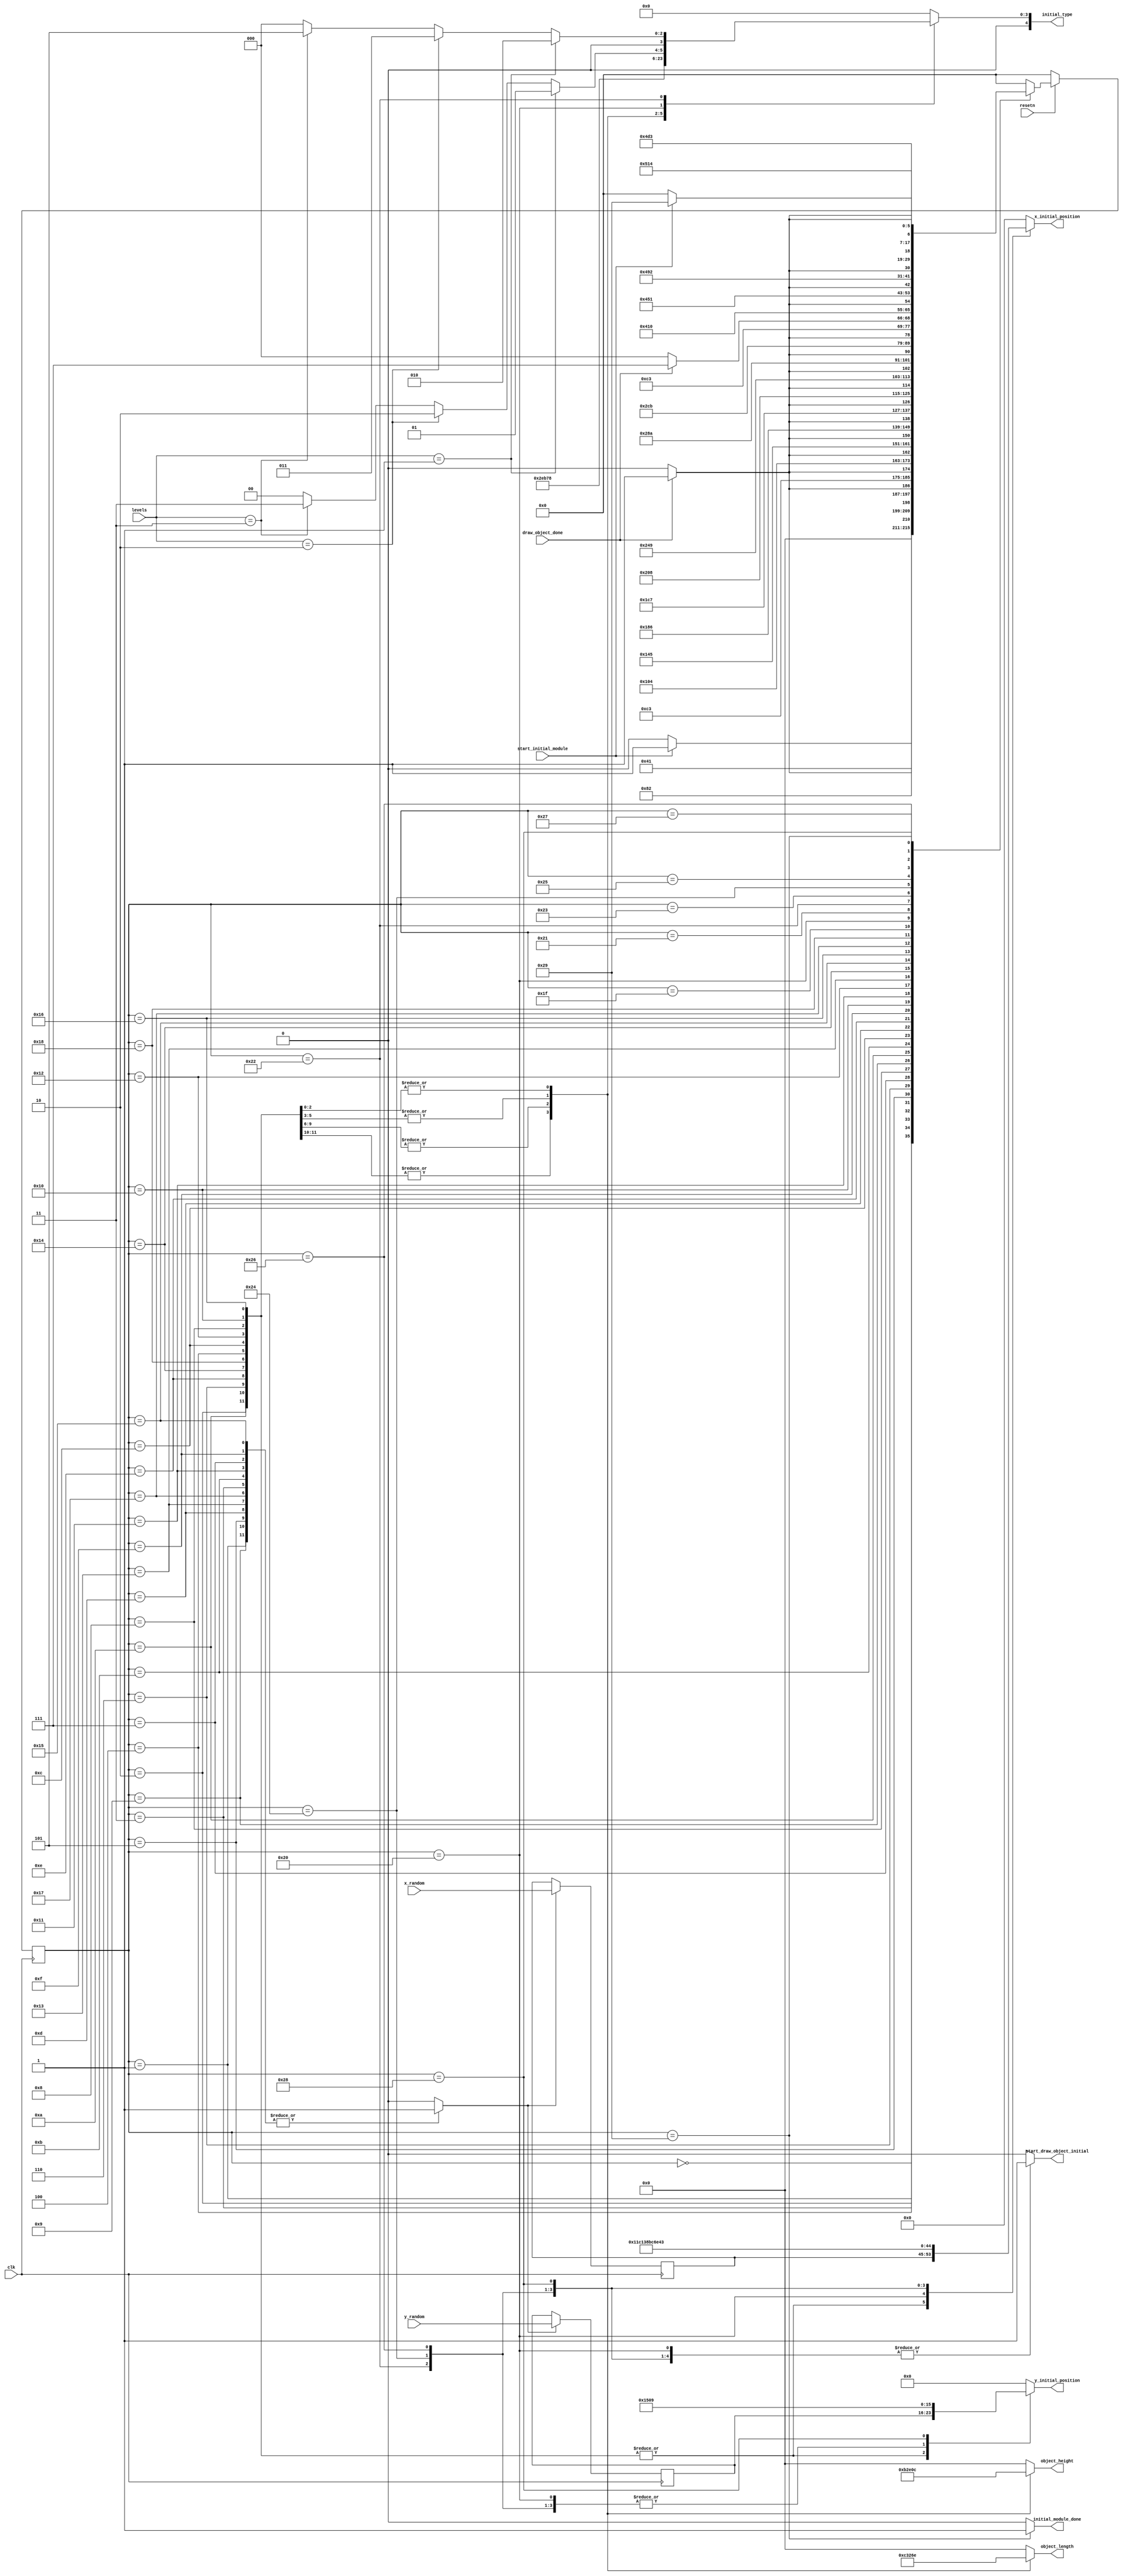

module draw_initial_objects_control(
    input clk,
    input resetn,
    input start_initial_module,
    input draw_object_done,
    input [1:0] levels,
    input [8:0] x_random,
    input [7:0] y_random,
    output reg [4:0] object_length,
    output reg [4:0] object_height,
    output reg [4:0] initial_type,
    output reg start_draw_object_initial, initial_module_done,
    output reg [8:0] x_initial_position,
    output reg [7:0] y_initial_position
	
    );

    reg [5:0] current_state, next_state; 
	 reg [8:0] x_initial;
	 reg [7:0] y_initial;
	 
	 reg load_xy;
    
    localparam  S_WAIT_FOR_COMMAND		= 6'd0,
		S_LOAD_GL1_POSITION		= 6'd1,
		S_DRAW_GL1			= 6'd2,
		S_LOAD_RL1_POSITION		= 6'd3,
		S_DRAW_RL1			= 6'd4,
		S_LOAD_GM1_POSITION		= 6'd5,
		S_DRAW_GM1			= 6'd6,
		S_LOAD_RM1_POSITION		= 6'd7,
		S_DRAW_RM1			= 6'd8,
		
		
		S_LOAD_GL2_POSITION		= 6'd9,
		S_DRAW_GL2			= 6'd10,
		S_LOAD_RL2_POSITION		= 6'd11,
		S_DRAW_RL2			= 6'd12,
		S_LOAD_GM2_POSITION		= 6'd13,
		S_DRAW_GM2			= 6'd14,
		S_LOAD_RM2_POSITION		= 6'd15,
		S_DRAW_RM2			= 6'd16,
		
		S_LOAD_RL3_POSITION		= 6'd17,
		S_DRAW_RL3			= 6'd18,		
		S_LOAD_GM3_POSITION		= 6'd19,
		S_DRAW_GM3			= 6'd20,
		S_LOAD_RM3_POSITION		= 6'd21,
		S_DRAW_RM3			= 6'd22,
		S_LOAD_GM4_POSITION		= 6'd23,
		S_DRAW_GM4			= 6'd24,

		S_LOAD_COUNTER_NUM1_POSITION	= 6'd27,
		S_DRAW_COUNTER_NUM1		= 6'd28,
		S_LOAD_COUNTER_NUM2_POSITION	= 6'd29,
		S_DRAW_COUNTER_NUM2		= 6'd30,
		S_LOAD_LEVEL_POSITION		= 6'd31,
		S_DRAW_LEVEL			= 6'd32,
		S_LOAD_GOAL_NUM1_POSITION	= 6'd33,
		S_DRAW_GOAL_NUM1		= 6'd34,
		S_LOAD_GOAL_NUM2_POSITION	= 6'd35,
		S_DRAW_GOAL_NUM2		= 6'd36,
		S_LOAD_GOAL_NUM3_POSITION	= 6'd37,
		S_DRAW_GOAL_NUM3		= 6'd38,
		S_LOAD_MONEY_POSITION		= 6'd39,
		S_DRAW_MONEY			= 6'd40,
		S_DONE_DRAW_INITIAL	= 6'd41;  
					 

    // Next state logic aka our state table
    always@(*)
    begin: state_table 
		case (current_state)
					
			S_WAIT_FOR_COMMAND: next_state = start_initial_module? S_LOAD_GL1_POSITION: S_WAIT_FOR_COMMAND;
			
			S_LOAD_GL1_POSITION: next_state = S_DRAW_GL1;
			S_DRAW_GL1: next_state = draw_object_done? S_LOAD_RL1_POSITION: S_DRAW_GL1;
			
			S_LOAD_RL1_POSITION: next_state = S_DRAW_RL1;
			S_DRAW_RL1: next_state = draw_object_done? S_LOAD_GM1_POSITION: S_DRAW_RL1;
			
			S_LOAD_GM1_POSITION: next_state = S_DRAW_GM1;
			S_DRAW_GM1: next_state = draw_object_done? S_LOAD_RM1_POSITION: S_DRAW_GM1;
			
			S_LOAD_RM1_POSITION: next_state = S_DRAW_RM1;
			S_DRAW_RM1: next_state = draw_object_done? S_LOAD_GL2_POSITION: S_DRAW_RM1;
			
			S_LOAD_GL2_POSITION: next_state = S_DRAW_GL2;
			S_DRAW_GL2: next_state = draw_object_done? S_LOAD_RL2_POSITION: S_DRAW_GL2;
			
			S_LOAD_RL2_POSITION: next_state = S_DRAW_RL2;
			S_DRAW_RL2: next_state = draw_object_done? S_LOAD_GM2_POSITION: S_DRAW_RL2;
			
			S_LOAD_GM2_POSITION: next_state = S_DRAW_GM2;
			S_DRAW_GM2: next_state = draw_object_done? S_LOAD_RM2_POSITION: S_DRAW_GM2;
						
			S_LOAD_RM2_POSITION: next_state = S_DRAW_RM2;
			S_DRAW_RM2: next_state = draw_object_done? S_LOAD_RL3_POSITION: S_DRAW_RM2;
			
			S_LOAD_RL3_POSITION: next_state = S_DRAW_RL3;
			S_DRAW_RL3: next_state = draw_object_done? S_LOAD_GM3_POSITION: S_DRAW_RL3;
			
			S_LOAD_GM3_POSITION: next_state = S_DRAW_GM3;
			S_DRAW_GM3: next_state = draw_object_done? S_LOAD_RM3_POSITION: S_DRAW_GM3;				
					
			S_LOAD_RM3_POSITION: next_state = S_DRAW_RM3;
			S_DRAW_RM3: next_state = draw_object_done? S_LOAD_GM4_POSITION: S_DRAW_RM3;
			
			S_LOAD_GM4_POSITION: next_state = S_DRAW_GM4; 
			S_DRAW_GM4: next_state = draw_object_done? S_LOAD_LEVEL_POSITION : S_DRAW_GM4;
			

			
			
			//S_LOAD_HOOK_POSITION: next_state = S_DRAW_HOOK;
			//S_DRAW_HOOK: next_state = draw_object_done? S_LOAD_COUNTER_NUM1_POSITION: S_DRAW_HOOK;
			
//			S_LOAD_COUNTER_NUM1_POSITION: next_state = S_DRAW_COUNTER_NUM1;
//			S_DRAW_COUNTER_NUM1: next_state = draw_object_done? S_LOAD_COUNTER_NUM2_POSITION: S_DRAW_COUNTER_NUM1;
//			
//			S_LOAD_COUNTER_NUM2_POSITION: next_state = S_DRAW_COUNTER_NUM2;
//			S_DRAW_COUNTER_NUM2: next_state = draw_object_done? S_LOAD_LEVEL_POSITION: S_DRAW_COUNTER_NUM2;

			S_LOAD_LEVEL_POSITION: next_state = S_DRAW_LEVEL;
			S_DRAW_LEVEL: next_state = draw_object_done? S_LOAD_GOAL_NUM1_POSITION: S_DRAW_LEVEL;
			
			S_LOAD_GOAL_NUM1_POSITION: next_state = S_DRAW_GOAL_NUM1;
			S_DRAW_GOAL_NUM1: next_state = draw_object_done? S_LOAD_GOAL_NUM2_POSITION: S_DRAW_GOAL_NUM1;

			S_LOAD_GOAL_NUM2_POSITION: next_state = S_DRAW_GOAL_NUM2;
			S_DRAW_GOAL_NUM2: next_state = draw_object_done? S_LOAD_GOAL_NUM3_POSITION: S_DRAW_GOAL_NUM2;

			S_LOAD_GOAL_NUM3_POSITION: next_state = S_DRAW_GOAL_NUM3;
			S_DRAW_GOAL_NUM3: next_state = draw_object_done? S_LOAD_MONEY_POSITION: S_DRAW_GOAL_NUM3;

			S_LOAD_MONEY_POSITION: next_state = S_DRAW_MONEY;
			S_DRAW_MONEY: next_state = draw_object_done? S_DONE_DRAW_INITIAL: S_DRAW_MONEY;
			
			S_DONE_DRAW_INITIAL: next_state = start_initial_module? S_DONE_DRAW_INITIAL: S_WAIT_FOR_COMMAND;	

            default:   next_state = S_WAIT_FOR_COMMAND;
        endcase
    end // state_table
   

    // Output logic aka all of our datapath control signals
    always @(*)
    begin: enable_signals
        // By default make all our signals 0

    		start_draw_object_initial = 1'b0;
			initial_module_done = 1'b0;
			x_initial_position = 9'b0;
			y_initial_position = 8'b0;
			object_length = 5'b0;
			object_height = 5'b0;
			initial_type = 5'b0;
			
			load_xy = 1'b0;


        case (current_state)
		  
		S_LOAD_GL1_POSITION: load_xy = 1'b1;
       
		S_DRAW_GL1: begin
				     start_draw_object_initial = 1'b1;
				     x_initial_position = x_initial; //9'd55;
				     y_initial_position = y_initial; //8'd160;
				     initial_type = 5'd11; 
				     object_length = 5'd24;
				     object_height = 5'd22;
		end				
		
		S_LOAD_GL2_POSITION: load_xy = 1'b1;

		S_DRAW_GL2:  begin
				     start_draw_object_initial = 1'b1;
				     x_initial_position = x_initial; //9'd280;
				     y_initial_position = y_initial; //8'd105;
				     initial_type = 5'd11;
				     object_length = 5'd24;
				     object_height = 5'd22;
		end
		
		S_LOAD_GM1_POSITION: load_xy = 1'b1;

		S_DRAW_GM1: begin
					start_draw_object_initial = 1'b1;
				     x_initial_position = x_initial; //9'd15;
				     y_initial_position = y_initial; //8'd58;
				     initial_type = 5'd10;  
				     object_length = 5'd12;
				     object_height = 5'd11;
		end
		
		S_LOAD_GM2_POSITION: load_xy = 1'b1;

		S_DRAW_GM2: begin
					start_draw_object_initial = 1'b1;
				     x_initial_position = x_initial; //9'd246;
				     y_initial_position = y_initial; //8'd167;
				     initial_type = 5'd10;
				     object_length = 5'd12;
				     object_height = 5'd11;
		end

		S_LOAD_GM3_POSITION: load_xy = 1'b1;

		S_DRAW_GM3: begin
					start_draw_object_initial = 1'b1;
				     x_initial_position = x_initial; //9'd287;
				     y_initial_position = y_initial; //8'd82;
				     initial_type = 5'd10;
				     object_length = 5'd12; 
				     object_height = 5'd11; 
		end
		
		S_LOAD_GM4_POSITION: load_xy = 1'b1;

		S_DRAW_GM4:  begin
					start_draw_object_initial = 1'b1;
				     x_initial_position = x_initial; //9'd201;
				     y_initial_position = y_initial; //8'd205;
				     initial_type = 5'd10;  
				     object_length = 5'd12;
				     object_height = 5'd11;
		end
		
		S_LOAD_RL1_POSITION: load_xy = 1'b1;

		S_DRAW_RL1: begin
					start_draw_object_initial = 1'b1;
				     x_initial_position = x_initial; //9'd143;
				     y_initial_position = y_initial; //8'd186;
				     initial_type = 5'd13; 
				     object_length = 5'd19; 
				     object_height = 5'd16;
		end
		
		S_LOAD_RL2_POSITION: load_xy = 1'b1;

		S_DRAW_RL2: begin
					start_draw_object_initial = 1'b1;
				     x_initial_position = x_initial; //9'd95;
				     y_initial_position = y_initial; //8'd127;
				     initial_type = 5'd13; 
				     object_length = 5'd19; 
				     object_height = 5'd16; 
		end
		
		S_LOAD_RL3_POSITION: load_xy = 1'b1;

		S_DRAW_RL3: begin
					start_draw_object_initial = 1'b1;
				     x_initial_position = x_initial; //9'd253;
				     y_initial_position = y_initial; //8'd135;
				     initial_type = 5'd13;  
				     object_length = 5'd19; 
				     object_height = 5'd16;
		end
		
		S_LOAD_RM1_POSITION: load_xy = 1'b1;

		S_DRAW_RM1: begin
					start_draw_object_initial = 1'b1;
				     x_initial_position = x_initial; //9'd30;
				     y_initial_position = y_initial; //8'd108;
				     initial_type = 5'd14;
				     object_length = 5'd14; 
				     object_height = 5'd12;  
		end 
		
		S_LOAD_RM2_POSITION: load_xy = 1'b1;

		S_DRAW_RM2: begin
					start_draw_object_initial = 1'b1;
				     x_initial_position = x_initial; //9'd168;
				     y_initial_position = y_initial; //8'd87;
				     initial_type = 5'd14; 
				     object_length = 5'd14; 
				     object_height = 5'd12;  
		end
		
		S_LOAD_RM3_POSITION: load_xy = 1'b1;

		S_DRAW_RM3:  begin
					start_draw_object_initial = 1'b1;
				     x_initial_position = x_initial; //9'd90;
				     y_initial_position = y_initial; //8'd204;
				     initial_type = 5'd14;
				     object_length = 5'd14; 
				     object_height = 5'd12;  
		end


//		S_DRAW_COUNTER_NUM1: begin
//					start_draw_object_initial = 1'b1;
//				     x_initial_position = 9'd284;
//				     y_initial_position = 8'd9;
//				     initial_type = 5'd6;
//		end
//
//		S_DRAW_COUNTER_NUM2: begin
//					start_draw_object_initial = 1'b1;
//				     x_initial_position = 9'd292;
//				     y_initial_position = 8'd9;
//				     initial_type = 5'd0; 
//		end

		S_DRAW_LEVEL: begin
				   
				start_draw_object_initial = 1'b1;
				x_initial_position = 9'd284;
				y_initial_position = 8'd21;
				if (levels == 2'd1)
				     initial_type = 5'd1; 
				else if (levels == 2'd2)
				     initial_type = 5'd2;
				else if (levels == 2'd3)
				     initial_type = 5'd3;
		end

		S_DRAW_GOAL_NUM1: begin
				start_draw_object_initial = 1'b1;
				x_initial_position = 9'd39;
				y_initial_position = 8'd21;
				if (levels == 2'd1)
				     initial_type = 5'd2; 
				else if (levels == 2'd2)
				     initial_type = 5'd3;
				else if (levels == 2'd3)
				     initial_type = 5'd5;

		end

		S_DRAW_GOAL_NUM2: begin
					start_draw_object_initial = 1'b1;
				     x_initial_position = 9'd47;
				     y_initial_position = 8'd21;
				     initial_type = 5'd0;  
		end

		S_DRAW_GOAL_NUM3: begin
					start_draw_object_initial = 1'b1;
				     x_initial_position = 9'd55;
				     y_initial_position = 8'd21;
				     initial_type = 5'd0;  
		end

		S_DRAW_MONEY: begin
					start_draw_object_initial = 1'b1;
				     x_initial_position = 9'd67;
				     y_initial_position = 8'd9;
				     initial_type = 5'd0; 
		end

		S_DONE_DRAW_INITIAL: initial_module_done = 1'b1;
		 

        // default:    // don't need default since we already made sure all of our outputs were assigned a value at the start of the always block
        endcase
    end // enable_signals
   
    // current_state registers
    always@(posedge clk)
    begin: state_FFs
        if(!resetn)
            current_state <= S_WAIT_FOR_COMMAND;
        else
            current_state <= next_state;
    end // state_FFS
	 
	 
	 
	 
	 always@(posedge clk)
    begin
        if(load_xy) begin
        x_initial <= x_random;
		  y_initial <= y_random;
		  end
	 end
	
endmodule